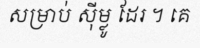
សម្រាប់ ស៊ីម្លូ ដែរ ។ គេ